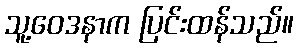
သူ့ဝေဒနာက ပြင်းထန်သည်။